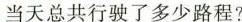
当天总共行驶了多少路程?